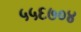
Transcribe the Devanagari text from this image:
५५६७०४